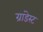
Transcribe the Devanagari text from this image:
ग्रांडेस्ट